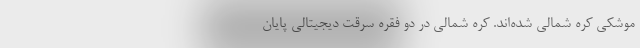
موشکی کره شمالی شده‌اند. کره شمالی در دو فقره سرقت دیجیتالیِ پایان